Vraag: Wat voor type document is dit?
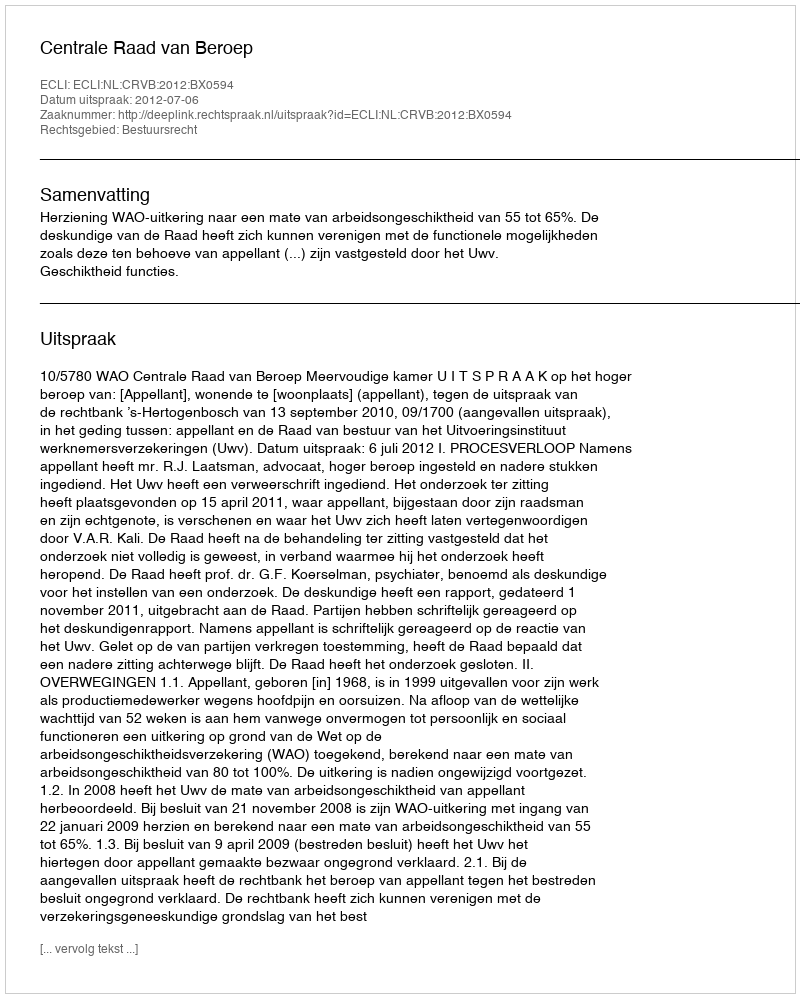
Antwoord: Uitspraak